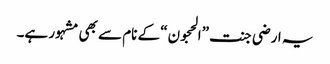
یہ ارضی جنت ”الحجون“ کے نام سے بھی مشہور ہے۔